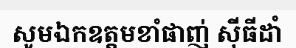
សូមឯកឧត្តមខាំផាញ់ ស៊ីធីដាំ